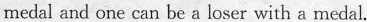
medal and one can be a loser with a medal.